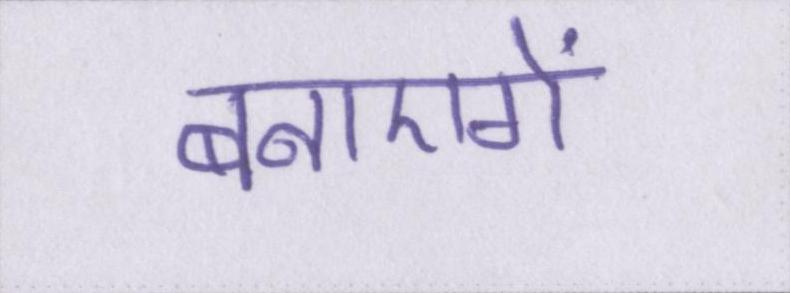
बनाएगें